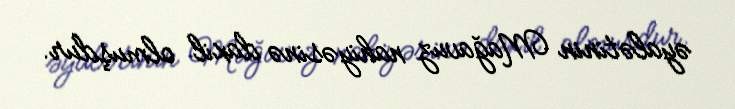
əyalətinin Mağavuz nahiyəsinə daxil olmuşdur.